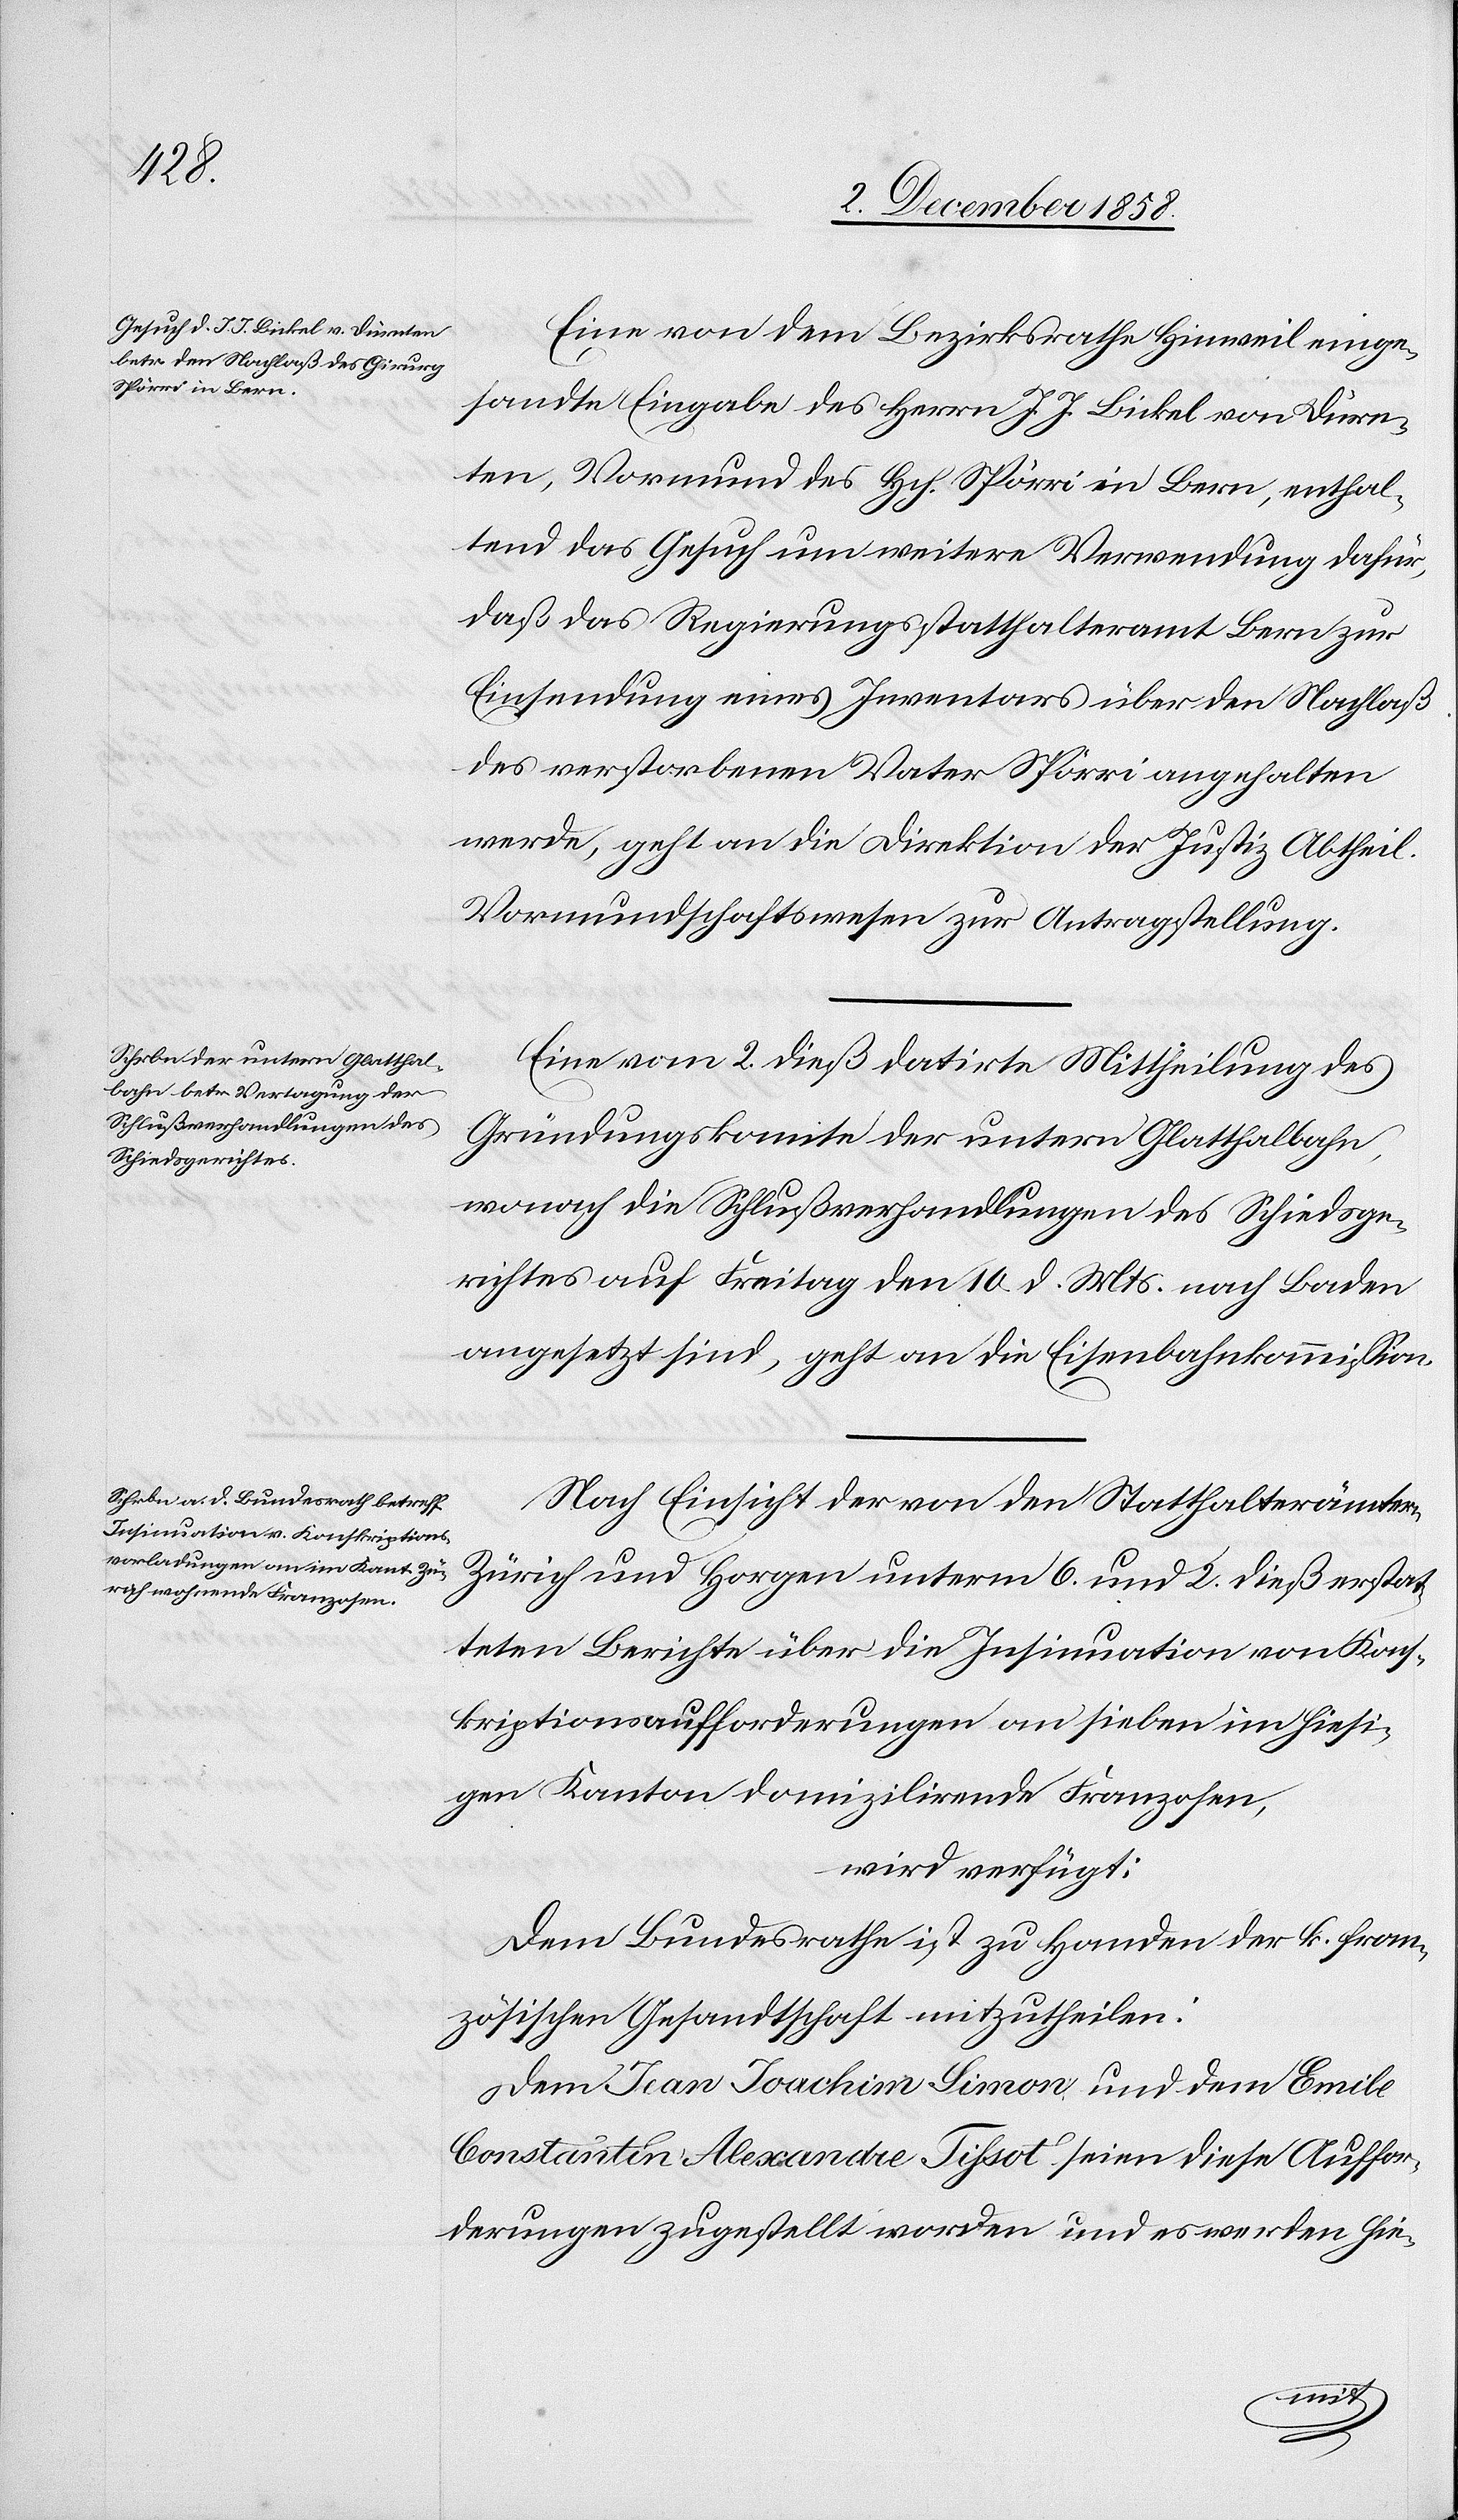
Actum

7. December 1858.]
Eine von dem Bezirksrathe Hinweil einge¬
sandte Eingabe des Herrn J. J. Bickel von Dürn¬
ten, Vormund des Hch. Spörri in Bern, enthal¬
tend das Gesuch um weitere Verwendung dafür,
daß das Regierungsstatthalteramt Bern zur
Einsendung eines Inventars über den Nachlaß
des verstorbenen Vater Spörri angehalten
werde, geht an die Direktion der Justiz Abtheil.
Vormundschaftswesen zur Antragstellung.
Eine vom 2. dieß datirte Mittheilung des
Gründungskomite der untern Glatthalbahn,
wonach die Schlußverhandlungen des Schiedsge¬
richtes auf Freitag den 10. d. Mts. nach Baden
angesetzt sind, geht an die Eisenbahnkommission.
Nach Einsicht der von den Statthalterämtern
Zürich und Horgen unterm 6. und 2. dieß erstat¬
teten Berichte über die Insinuation von Kons¬
kriptionsaufforderungen an sieben im hiesi¬
gen Kanton domizilirende Franzosen,
wird verfügt:
Dem Bundesrathe ist zu Handen der k. fran¬
zösischen Gesandtschaft mitzutheilen:
Dem Jean Joachim Simon und dem Emile
Constantin Alexandre Tissot seien diese Auffor¬
derungen zugestellt worden und es werden hie-